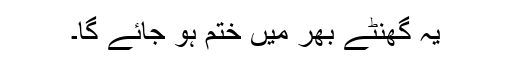
یہ گھنٹے بھر میں ختم ہو جائے گا۔